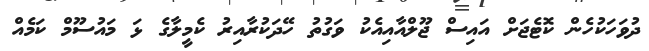
ދުވަހަކުހެން ކޮޓެޖަށް އައިސް ޖޫލްއާއިއެކު ވަގުތު ހޭދަކުރާއިރު ކެމީލާގެ ޅަ މައުސޫމް ކަމެއް